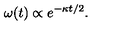
\: \omega ( t ) \propto e ^ { - \kappa t / 2 } . \: